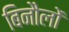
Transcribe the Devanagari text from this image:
बिनौलों